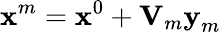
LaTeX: \textrm{\textbf{x}}^{m}=\textrm{\textbf{x}}^{0}+\textrm{\textbf{V}}_{m}\textrm{\textbf{y}}_{m}